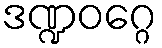
ဒဏ္ဍဝဂ္ဂေ